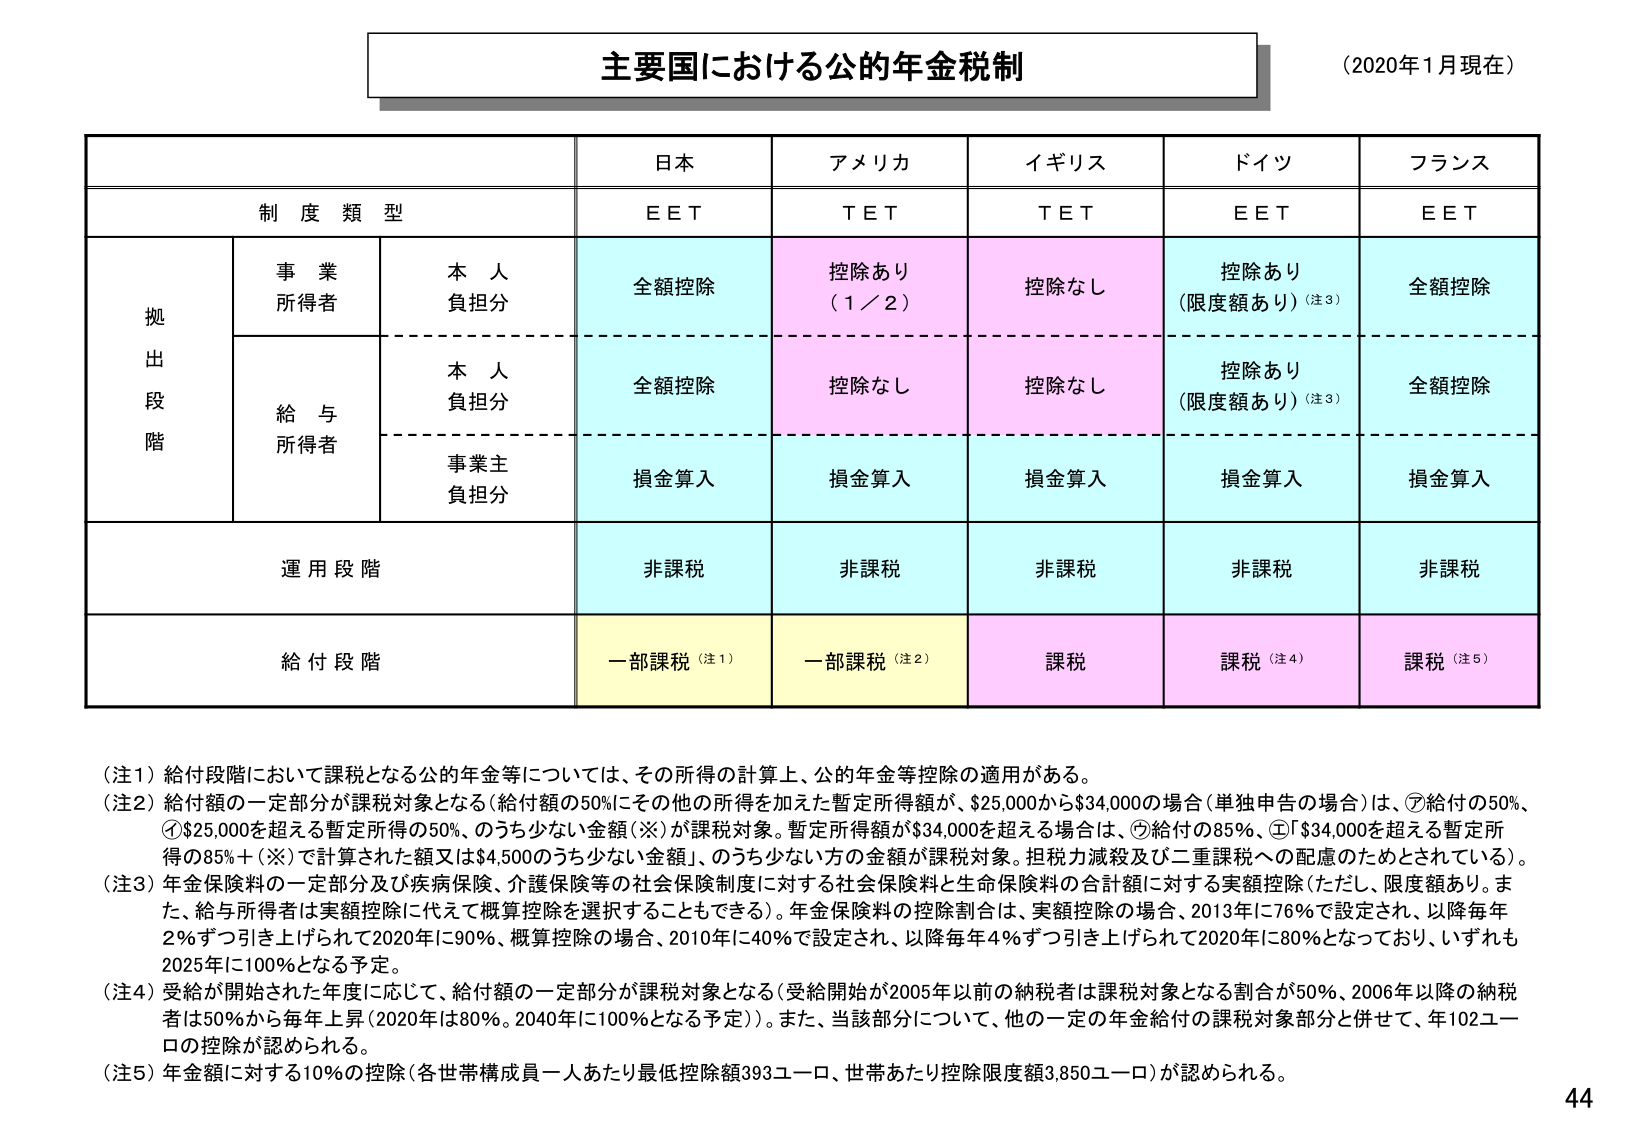
主要国における公的年金税制
（2020年1月現在）

制度類型
日本
アメリカ
イギリス
ドイツ
フランス
E E T
T E T
T E T
E E T
E E T

拠出段階
事業所得者
本人負担分
全額控除
控除あり（1／2）
控除なし
控除あり（限度額あり）（注3）
全額控除

給与所得者
本人負担分
全額控除
控除なし
控除なし
控除あり（限度額あり）（注3）
全額控除

事業主負担分
損金算入
損金算入
損金算入
損金算入
損金算入

運用段階
非課税
非課税
非課税
非課税
非課税

給付段階
一部課税（注1）
一部課税（注2）
課税
課税（注4）
課税（注5）

（注1）給付段階において課税となる公的年金等については、その所得の計算上、公的年金等控除の適用がある。
（注2）給付額の一定部分が課税対象となる（給付額の50%にその他の所得を加えた暫定所得額が、$25,000から$34,000の場合（単独申告の場合）は、⑦給付の50%、①$25,000を超える暫定所得の50%、のうち少ない金額（※）が課税対象。暫定所得額が$34,000を超える場合は、⑦給付の85%、①$34,000を超える暫定所得の85%＋（※）で計算された額又は$4,500のうち少ない金額」、のうち少ない方の金額が課税対象。担税力減殺及び二重課税への配慮のためとされている）。
（注3）年金保険料の一定部分及び疾病保険、介護保険等の社会保険制度に対する社会保険料と生命保険料の合計額に対する実額控除（ただし、限度額あり。また、給与所得者は実額控除に代えて概算控除を選択することもできる）。年金保険料の控除割合は、実額控除の場合、2013年に76%で設定され、以降毎年2%ずつ引き上げられて2020年に90%、概算控除の場合、2010年に40%で設定され、以降毎年4%ずつ引き上げられて2020年に80%となっており、いずれも2025年に100%となる予定。
（注4）受給が開始された年度に応じて、給付額の一定部分が課税対象となる（受給開始が2005年以前の納税者は課税対象となる割合が50%、2006年以降の納税者は50%から毎年上昇（2020年は80%、2040年に100%となる予定））。また、当該部分について、他の一定の年金給付の課税対象部分と併せて、年102ユーロの控除が認められる。
（注5）年金額に対する10%の控除（各世帯構成員一人あたり最低控除額393ユーロ、世帯あたり控除限度額3,850ユーロ）が認められる。

44